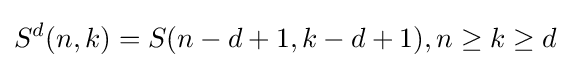
S^{d}(n,k)=S(n-d+1,k-d+1),n\geq k\geq d